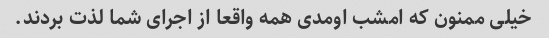
خیلی ممنون که امشب اومدی همه واقعا از اجرای شما لذت بردند.